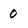
Character: 0